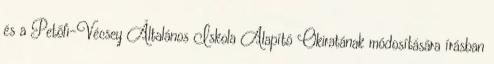
és a Petőfi-Vécsey Általános Iskola Alapító Okiratának módosítására írásban